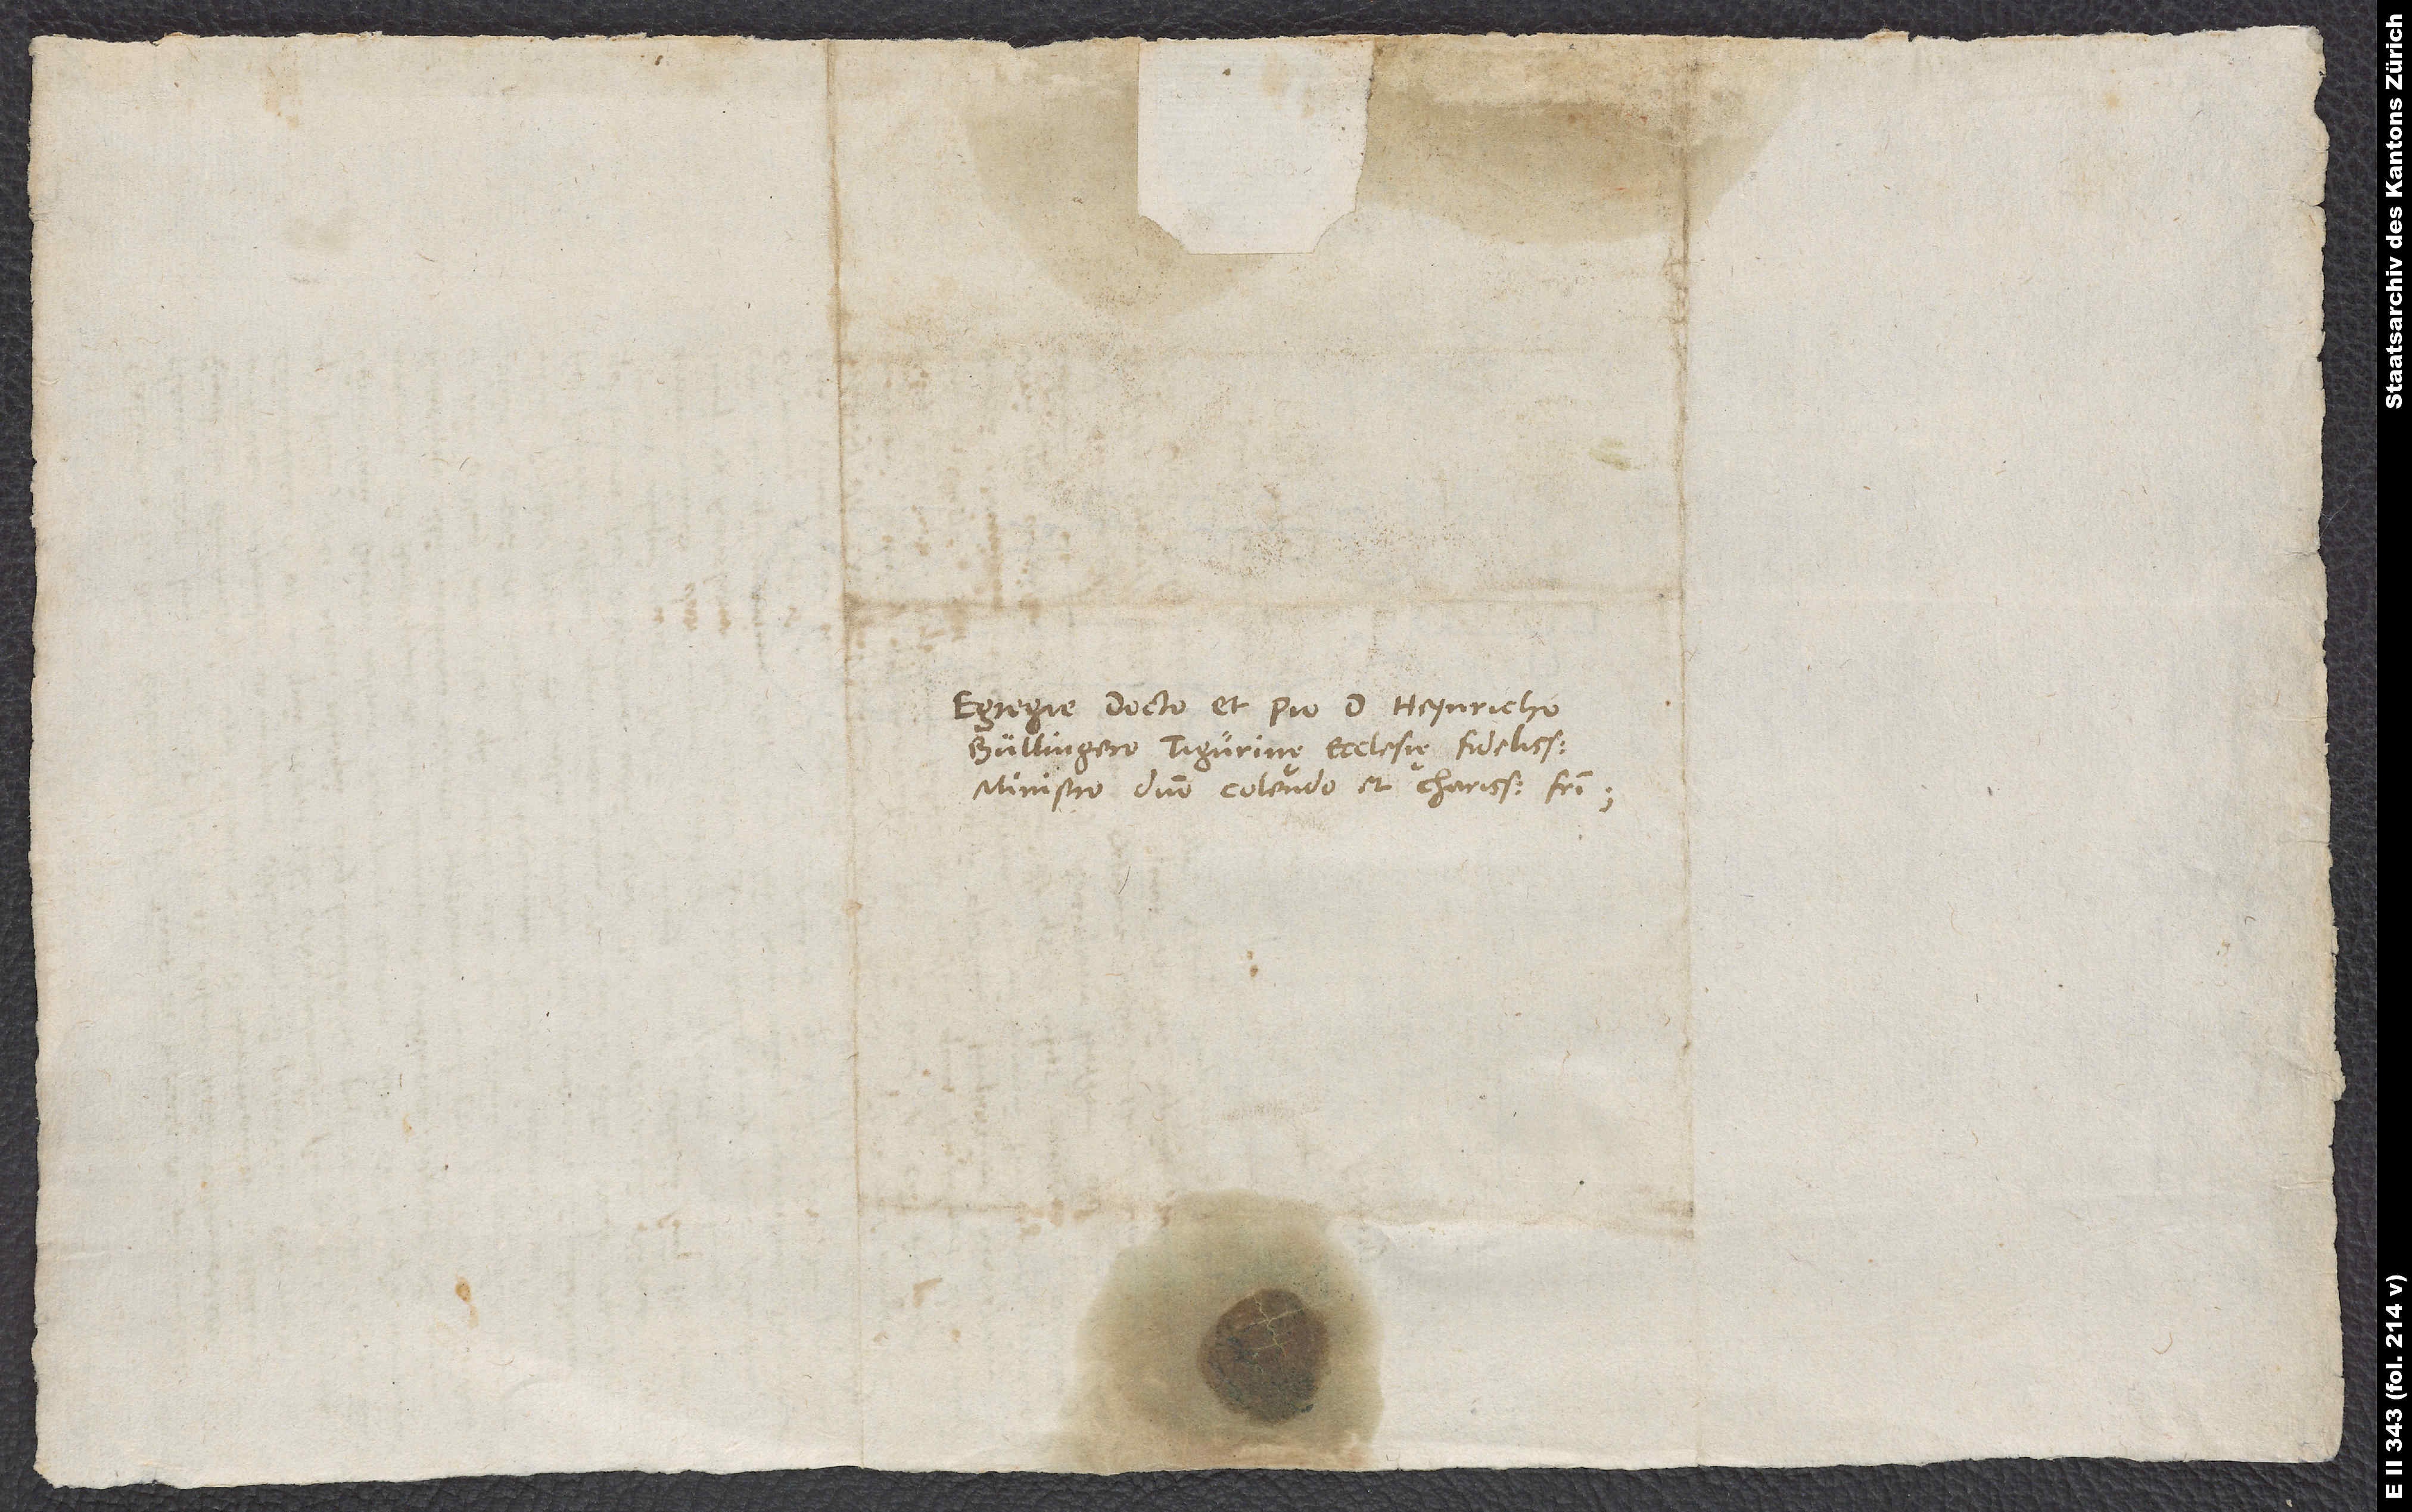
Egregie docto et pio d. Heinrycho
Bullingero, Tigurinę ecclesię fidelissimo
ministro, domino colendo et charissimo fratri.